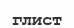
глист